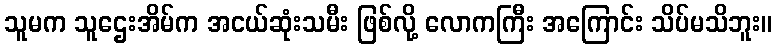
သူမက သူဌေးအိမ်က အငယ်ဆုံးသမီး ဖြစ်လို့ လောကကြီး အကြောင်း သိပ်မသိဘူး။